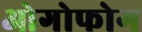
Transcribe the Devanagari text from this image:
ओगोफोग